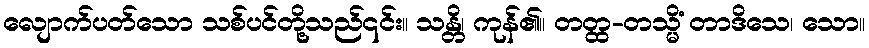
လျောက်ပတ်သော သစ်ပင်တို့သည်၎င်း။ သန္တိ၊ ကုန်၏။ တတ္ထ-တသ္မိံ တာဒိသေ၊ သော။